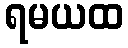
ရမယထ